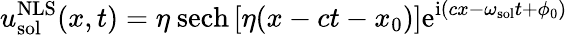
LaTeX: u_{\mathrm{sol}}^{\mathrm{NLS}}(x,t)=\eta\ \mathrm{sech}\left[\eta(x-ct-x_{0})\right]\mathrm{e}^{\mathrm{i}(cx-\omega_{\mathrm{sol}}t+\phi_{0})}